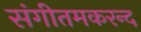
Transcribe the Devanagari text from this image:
संगीतमकरन्द